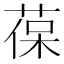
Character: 葆